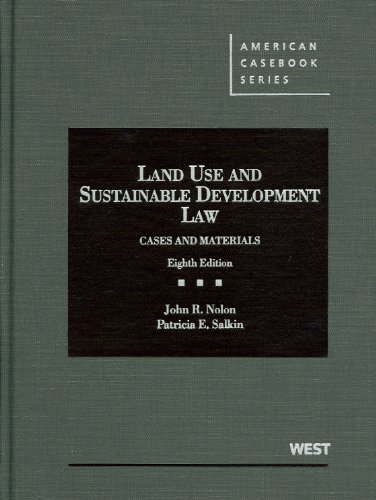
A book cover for Land Use and Sustainable Development Law: Cases and Materials, 8th (American Casebook Series); John Nolon; Law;